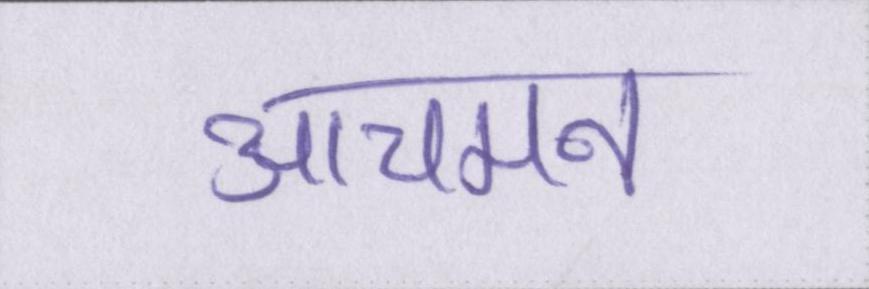
आचमन